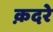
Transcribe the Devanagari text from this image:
क़दरे